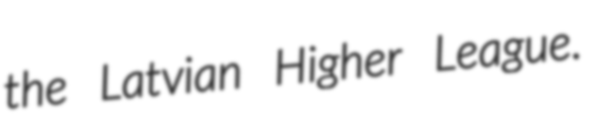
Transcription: the Latvian Higher League.